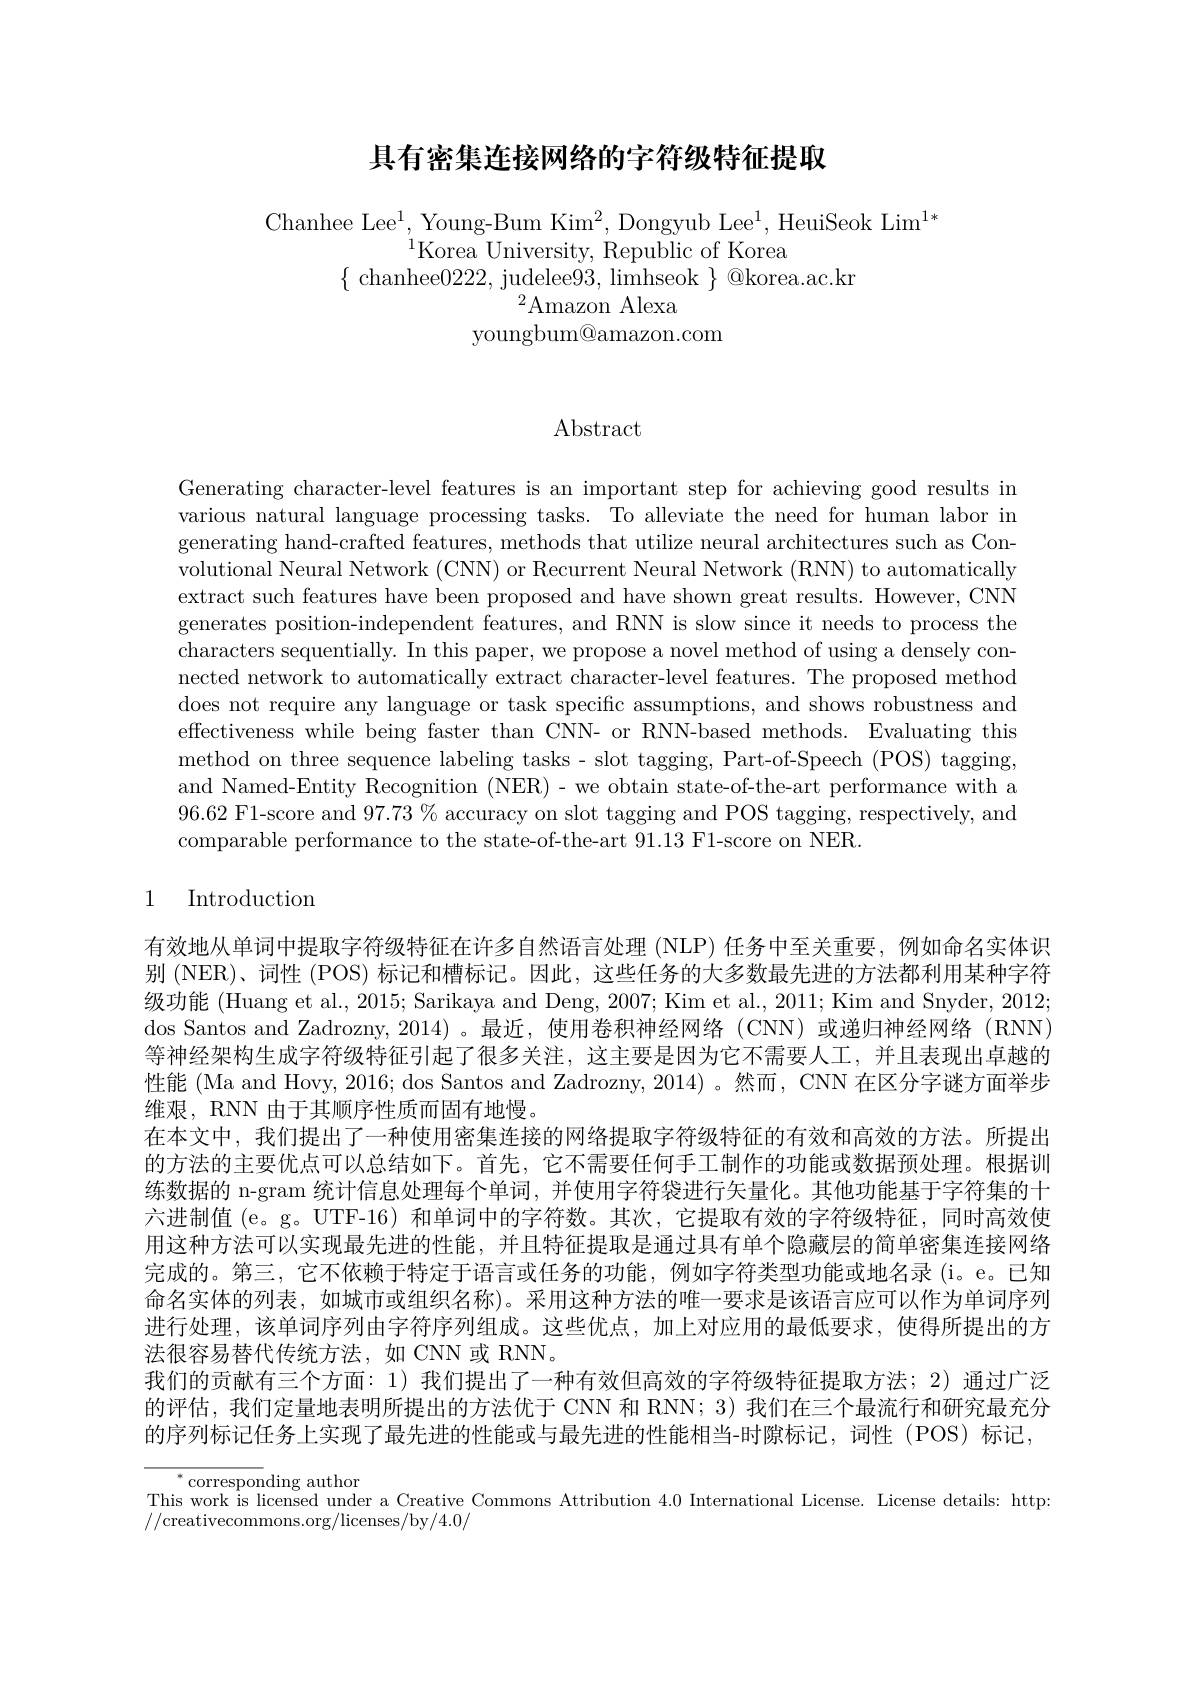
## 具有密集连接网络的字符级特征提取

Chanhee Lee$^1$,Young-Bum Kim$^2$,Dongyub Lee$^1$,HeuiSeok Lim$^1*$
$^{1}$Korea University, Republic of Korea
$\{\begin{array}{c}{\mathrm{chanhee}0222,\mathrm{~judelee}93,\mathrm{~limhseok~}}\\\end{array}\}@$korea.ac.kr
$^{2}$Amazon Alexa
youngbum@amazon.com

$\operatorname{Abstract}$

Generating character-level features is an important step for achieving good results in various natural language processing tasks. To alleviate the need for human labor in generating hand-crafted features, methods that utilize neural architectures such as Convolutional Neural Network (CNN) or Recurrent Neural Network (RNN) to automatically extract such features have been proposed and have shown great results. However, CNN generates position-independent features, and RNN is slow since it needs to process the characters sequentially. In this paper, we propose a novel method of using a densely connected network to automatically extract character-level features. The proposed method does not require any language or task specific assumptions, and shows robustness and effectiveness while being faster than CNN- or RNN-based methods. Evaluating this method on three sequence labeling tasks- slot tagging, Part-of-Speech (POS) tagging, and Named-Entity Recognition (NER)- we obtain state-of-the-art performance with a 96.62 F1-score and 97.73 % accuracy on slot tagging and POS tagging, respectively, and comparable performance to the state-of-the-art 91.13 F1-score on NER.

### 1 Introduction

有效地从单词中提取字符级特征在许多自然语言处理 (NLP) 任务中至关重要，例如命名实体识别 (NER)、词性 (POS) 标记和槽标记。因此，这些任务的大多数最先进的方法都利用某种字符级功能 (Huang et al., 2015; Sarikaya and Deng, 2007; Kim et al., 2011; Kim and Snyder, 2012; dos Santos and Zadrozny, 2014)。最近，使用卷积神经网络(CNN)或递归神经网络(RNN) 等神经架构生成字符级特征引起了很多关注，这主要是因为它不需要人工，并且表现出卓越的性能 (Ma and Hovy, 2016; dos Santos and Zadrozny, 2014)。然而，CNN 在区分字谜方面举步维艰，RNN 由于其顺序性质而固有地慢。
在本文中，我们提出了一种使用密集连接的网络提取字符级特征的有效和高效的方法。所提出的方法的主要优点可以总结如下。首先，它不需要任何手工制作的功能或数据预处理。根据训练数据的 n-gram 统计信息处理每个单词，并使用字符袋进行矢量化。其他功能基于字符集的十六进制值(e。g。UTF-16) 和单词中的字符数。其次，它提取有效的字符级特征，同时高效使用这种方法可以实现最先进的性能，并且特征提取是通过具有单个隐藏层的简单密集连接网络完成的。第三，它不依赖于特定于语言或任务的功能，例如字符类型功能或地名录(i。e。已知命名实体的列表，如城市或组织名称)。采用这种方法的唯一要求是该语言应可以作为单词序列进行处理，该单词序列由字符序列组成。这些优点，加上对应用的最低要求，使得所提出的方法很容易替代传统方法，如 CNN 或 RNN。
我们的贡献有三个方面：1)我们提出了一种有效但高效的字符级特征提取方法；2)通过广泛的评估，我们定量地表明所提出的方法优于 CNN 和 RNN; 3) 我们在三个最流行和研究最充分的序列标记任务上实现了最先进的性能或与最先进的性能相当-时隙标记，词性 (POS) 标记，

${^*\text{correspon}}$ding author
This work is licensed under a Creative Commons Attribution 4.0 International License. License details: http.
//creativecommons.org/licenses/by/4.0/